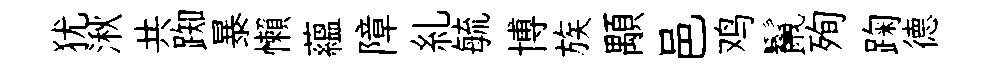
犹湫共踟暴懶蘊障糺毓博族顒邑鸡鬣殉踘德